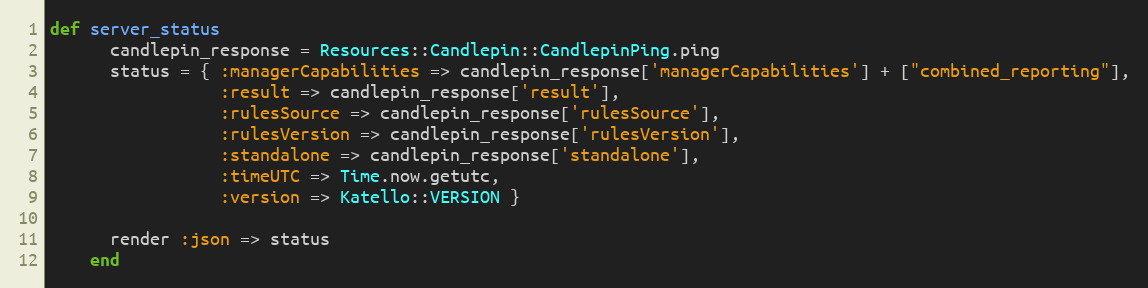
Language: Ruby
def server_status
      candlepin_response = Resources::Candlepin::CandlepinPing.ping
      status = { :managerCapabilities => candlepin_response['managerCapabilities'] + ["combined_reporting"],
                 :result => candlepin_response['result'],
                 :rulesSource => candlepin_response['rulesSource'],
                 :rulesVersion => candlepin_response['rulesVersion'],
                 :standalone => candlepin_response['standalone'],
                 :timeUTC => Time.now.getutc,
                 :version => Katello::VERSION }

      render :json => status
    end